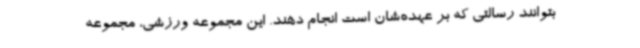
بتوانند رسالتی که بر عهده‌شان است انجام دهند. این مجموعه ورزشی، مجموعه